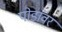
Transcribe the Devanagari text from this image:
पोडांवर